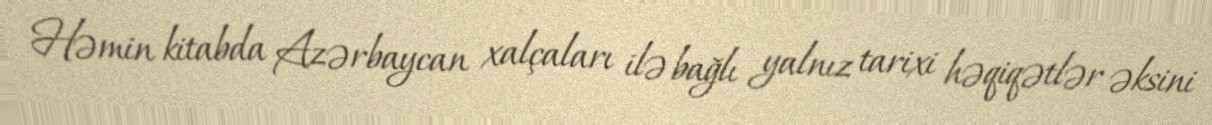
Həmin kitabda Azərbaycan xalçaları ilə bağlı yalnız tarixi həqiqətlər əksini